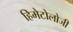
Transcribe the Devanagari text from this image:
हिमेटोलोजी